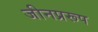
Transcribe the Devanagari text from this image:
जीनप्ररूप